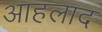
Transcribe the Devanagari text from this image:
आहलाद